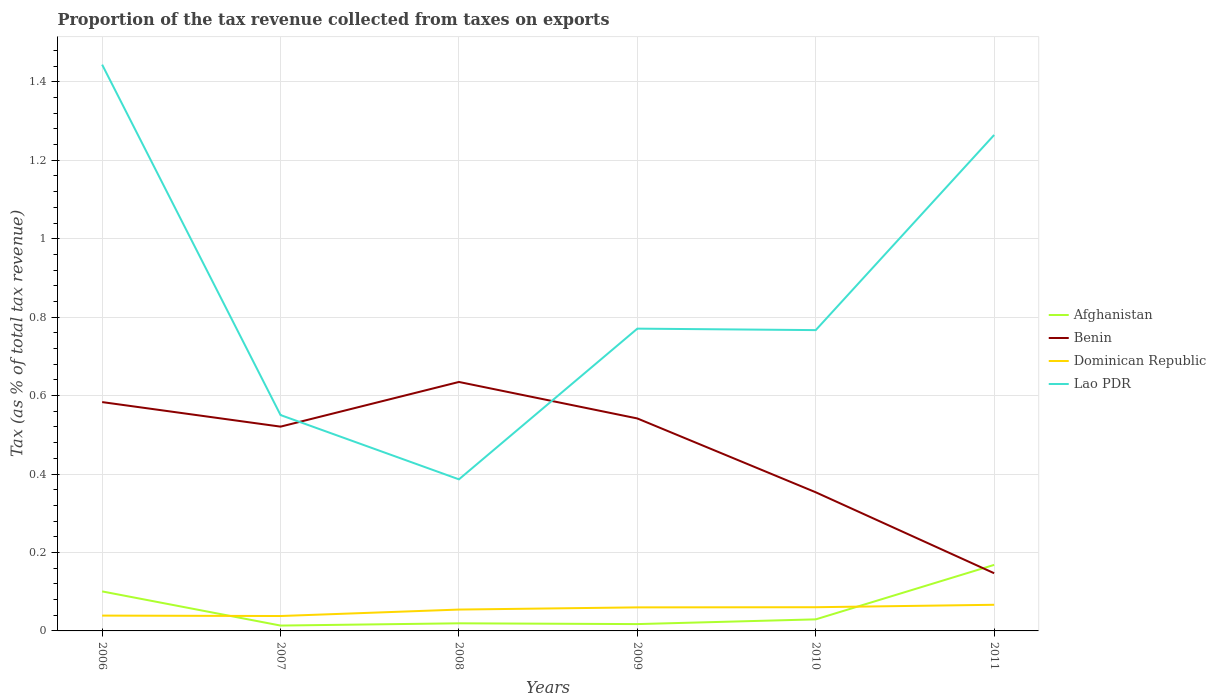
| Years | Afghanistan | Benin | Dominican Republic | Lao PDR |
 | --- | --- | --- | --- | --- |
 | 2006 | 0.101 | 0.583 | 0.0391 | 1.44 |
 | 2007 | 0.0137 | 0.521 | 0.038 | 0.55 |
 | 2008 | 0.0194 | 0.635 | 0.0545 | 0.386 |
 | 2009 | 0.0174 | 0.542 | 0.06 | 0.771 |
 | 2010 | 0.0295 | 0.353 | 0.0604 | 0.767 |
 | 2011 | 0.168 | 0.147 | 0.0667 | 1.26 |